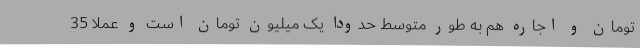
تومان و اجاره هم به طور متوسط حدودا یک میلیون تومان است و عملا 35